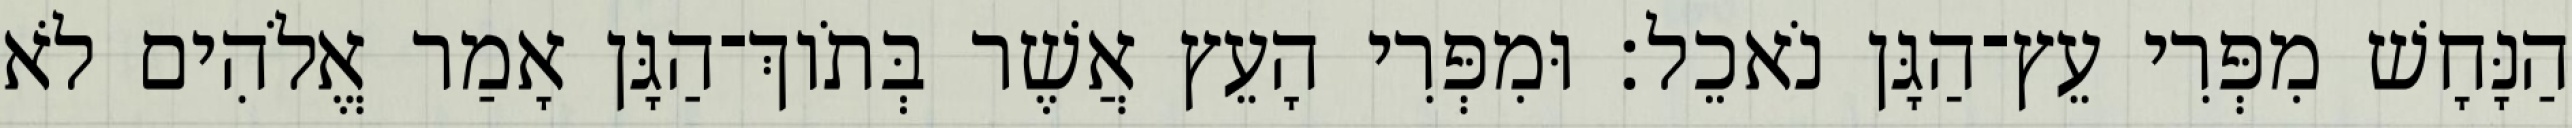
הַנָּחָשׁ מִפְּרִי עֵץ־הַגָּן נֹאכֵל׃ וּמִפְּרִי הָעֵץ אֲשֶׁר בְּתֹוךְ־הַגָּן אָמַר אֱלֹהִים לֹא